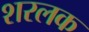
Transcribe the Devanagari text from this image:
शरलक